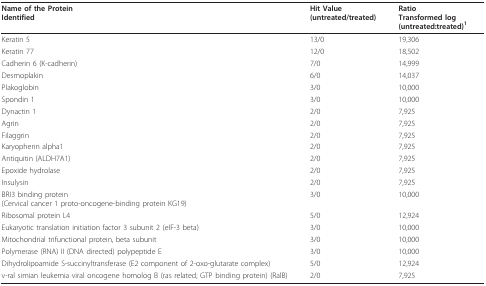
<table><thead><tr><td><b>Name of the ProteinIdentified</b></td><td><b>Hit Value(untreated/treated)</b></td><td><b>RatioTransformed log(untreated:treated)<sup>1</sup></b></td></tr></thead><tbody><tr><td>Keratin 5</td><td>13/0</td><td>19,306</td></tr><tr><td>Keratin 77</td><td>12/0</td><td>18,502</td></tr><tr><td>Cadherin 6 (K-cadherin)</td><td>7/0</td><td>14,999</td></tr><tr><td>Desmoplakin</td><td>6/0</td><td>14,037</td></tr><tr><td>Plakoglobin</td><td>3/0</td><td>10,000</td></tr><tr><td>Spondin 1</td><td>3/0</td><td>10,000</td></tr><tr><td>Dynactin 1</td><td>2/0</td><td>7,925</td></tr><tr><td>Agrin</td><td>2/0</td><td>7,925</td></tr><tr><td>Filaggrin</td><td>2/0</td><td>7,925</td></tr><tr><td>Karyopherin alpha1</td><td>2/0</td><td>7,925</td></tr><tr><td>Antiquitin (ALDH7A1)</td><td>2/0</td><td>7,925</td></tr><tr><td>Epoxide hydrolase</td><td>2/0</td><td>7,925</td></tr><tr><td>Insulysin</td><td>2/0</td><td>7,925</td></tr><tr><td>BRI3 binding protein(Cervical cancer 1 proto-oncogene-binding protein KG19)</td><td>3/0</td><td>10,000</td></tr><tr><td>Ribosomal protein L4</td><td>5/0</td><td>12,924</td></tr><tr><td>Eukaryotic translation initiation factor 3 subunit 2 (eIF-3 beta)</td><td>3/0</td><td>10,000</td></tr><tr><td>Mitochondrial trifunctional protein, beta subunit</td><td>3/0</td><td>10,000</td></tr><tr><td>Polymerase (RNA) II (DNA directed) polypeptide E</td><td>3/0</td><td>10,000</td></tr><tr><td>Dihydrolipoamide S-succinyltransferase (E2 component of 2-oxo-glutarate complex)</td><td>5/0</td><td>12,924</td></tr><tr><td>v-ral simian leukemia viral oncogene homolog B (ras related; GTP binding protein) (RalB)</td><td>2/0</td><td>7,925</td></tr></tbody></table>